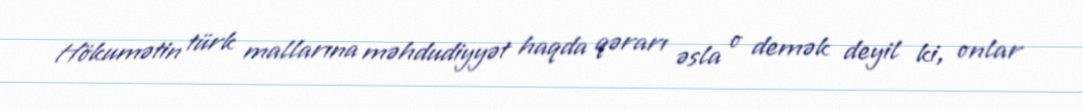
Hökumətin türk mallarına məhdudiyyət haqda qərarı əsla o demək deyil ki, onlar